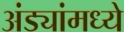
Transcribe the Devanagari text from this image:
अंड्यांमध्ये